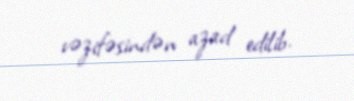
vəzifəsindən azad edilib.